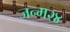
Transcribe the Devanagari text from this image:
जन्म२४